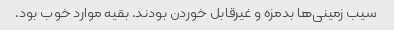
سیب زمینی‌ها بدمزه و غیرقابل خوردن بودند. بقیه موارد خوب بود.